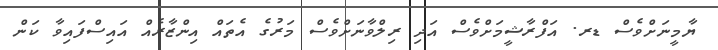
ޔާމީނަށްވެސް ޑރ. އަފްރާޝީމަށްވެސް އަދި ރިލްވާނަށްވެސް މަރުގެ އެތައް އިންޒާރެއް އައިސްފައިވާ ކަން